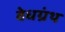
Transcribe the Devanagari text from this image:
वेधग्रंथ